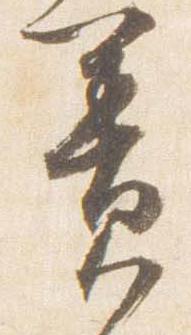
簀